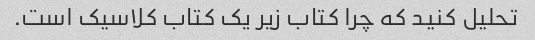
تحلیل کنید که چرا کتاب زیر یک کتاب کلاسیک است.